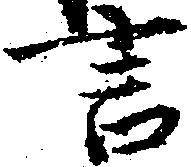
言